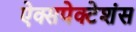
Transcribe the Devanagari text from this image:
ऐक्सपेक्टेशंस